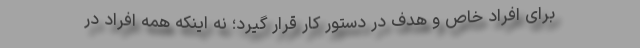
برای افراد خاص و هدف در دستور کار قرار گیرد؛ نه اینکه همه افراد در